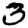
Digit: 3